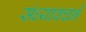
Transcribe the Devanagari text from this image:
संध्यावचने